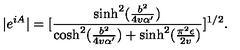
| e ^ { i A } | = [ \frac { \sinh ^ { 2 } ( \frac { b ^ { 2 } } { 4 v \alpha ^ { \prime } } ) } { \cosh ^ { 2 } ( \frac { b ^ { 2 } } { 4 v \alpha ^ { \prime } } ) + \sinh ^ { 2 } ( \frac { \pi ^ { 2 } \epsilon } { 2 v } ) } ] ^ { 1 / 2 } .